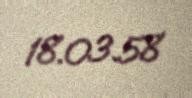
18.03.58